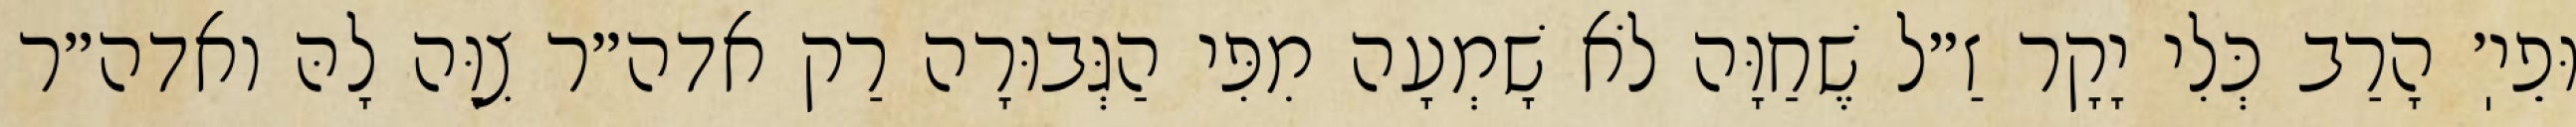
וּפֵיֽ׳ הָרַב כְּלִי יָקָר זַ״ל שֶׁחַוָּה לֹא שָׁמְעָה מִפִּי הַגְּבוּרָה רַק אדה״ר צִוָּה לָהּ ואדה״ר